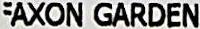
FAXON GARDEN